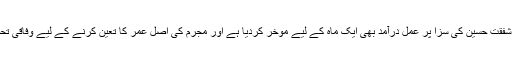
اُنھوں نے کہا کہ قتل کے مقدمے میں موت کی سزا پانے والے شفقت حسین کی سزا پر عمل درآمد بھی ایک ماہ کے لیے موخر کردیا ہے اور مجرم کی اصل عمر کا تعین کرنے کے لیے وفاقی تحقیقیاتی ادارے یعنی ایف ائی اے کی ایک ٹیم تشکیل دی گئی ہے۔